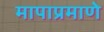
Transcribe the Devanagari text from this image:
मापाप्रमाणे